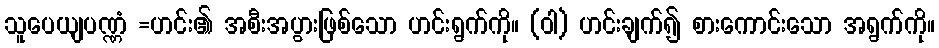
သူပေယျပဏ္ဏံ =ဟင်း၏ အစီးအပွားဖြစ်သော ဟင်းရွက်ကို။ (ဝါ) ဟင်းချက်၍ စားကောင်းသော အရွက်ကို။